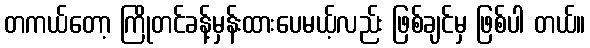
တကယ်တော့ ကြိုတင်ခန့်မှန်းထားပေမယ့်လည်း ဖြစ်ချင်မှ ဖြစ်ပါ တယ်။